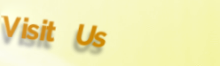
Visit Us